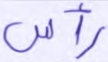
رأس